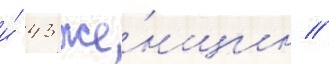
и́ 43 же́нщин //